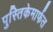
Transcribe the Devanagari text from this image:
पुस्तिकेमार्फत